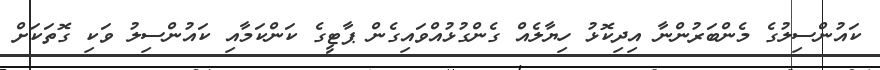
ކައުންސިލުގެ މެންބަރުންނާ އިދިކޮޅު ހިޔާލެއް ގެންގުޅުއްވައިގެން ޕާޓީގެ ކަންކަމާއި ކައުންސިލު ވަކި ގޮތަކަށް